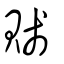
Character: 賤